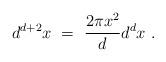
LaTeX: \begin{align*}d^{d+2} x ~=~ \frac{2\pi x^2}{d} d^d x ~.\end{align*}